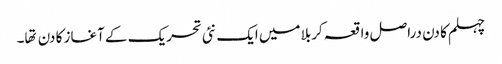
چہلم کا دن دراصل واقعہ کربلا میں ایک نئی تحریک کے آغاز کا دن تها۔